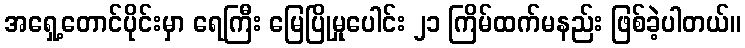
အရှေ့တောင်ပိုင်းမှာ ရေကြီး မြေပြိုမှုပေါင်း ၂၁ ကြိမ်ထက်မနည်း ဖြစ်ခဲ့ပါတယ်။